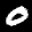
Label: 0